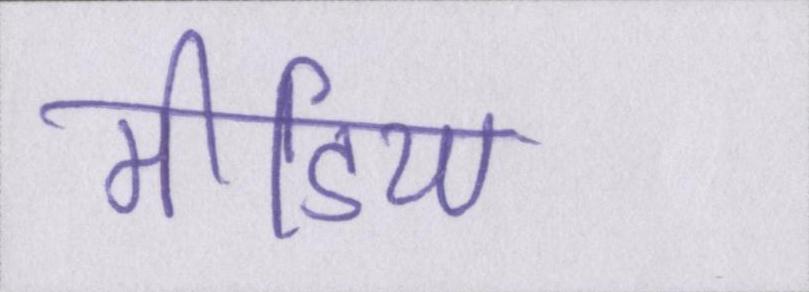
मीडिया